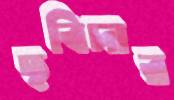
ছবিদার